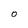
Character: O